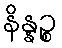
နိန္နဉ္စ